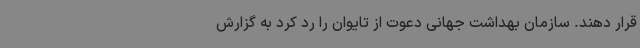
قرار دهند. سازمان بهداشت جهانی دعوت از تایوان را رد کرد به گزارش